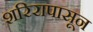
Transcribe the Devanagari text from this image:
शरिरापासून